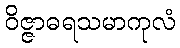
ဝိဇ္ဇာဓရသမာကုလံ